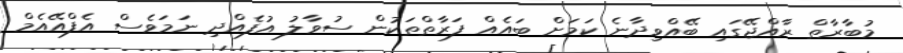
މުބާރާތް ރާއްޖޭގައި ބޭއްވިދާނެ ކަމަށް ބައެއް ފަރާތްތަކުން ސުވާލު އުފެއްދި ނަމަވެސް އެފްއޭއެމް